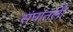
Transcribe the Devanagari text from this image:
संघातली